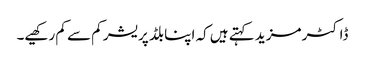
ڈاکٹر مزید کہتے ہیں کہ اپنا بلڈ پریشر کم سے کم رکھیے۔